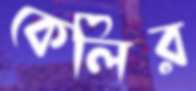
কেলির